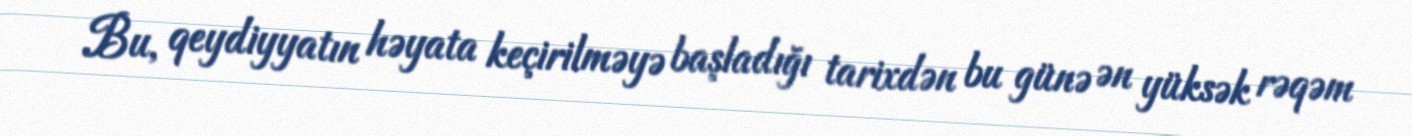
Bu, qeydiyyatın həyata keçirilməyə başladığı tarixdən bu günə ən yüksək rəqəm